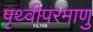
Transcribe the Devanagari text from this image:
पृथ्वीपरमाणु